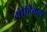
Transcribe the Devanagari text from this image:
मोहिकन